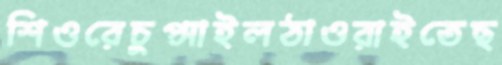
শিওরেচুপ্‌সাইলঠাওরাইতেছ